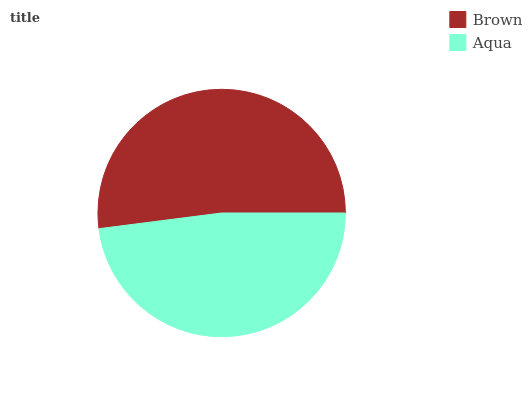
| Brown | Aqua |
 | --- | --- |
 | 52.1% | 47.9% |